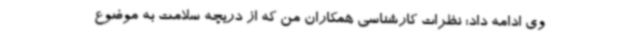
وی ادامه داد: نظرات کارشناسی همکاران من که از دریچه سلامت به موضوع